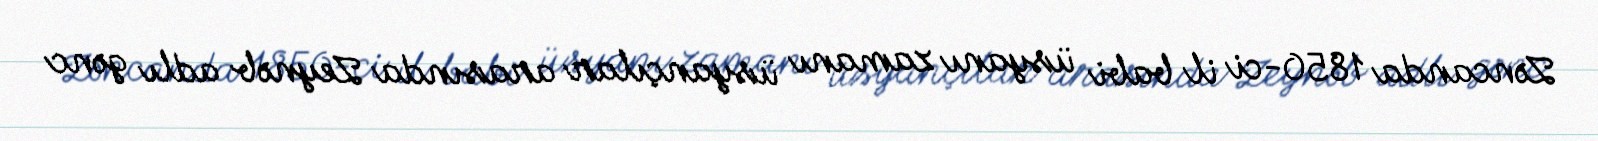
Zəncanda 1850-ci il babi üsyanı zamanı üsyançılar arasında Zeynəb adlı gənc